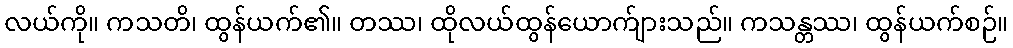
လယ်ကို။ ကသတိ၊ ထွန်ယက်၏။ တဿ၊ ထိုလယ်ထွန်ယောက်ျားသည်။ ကသန္တဿ၊ ထွန်ယက်စဉ်။